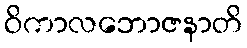
ဝိကာလဘောဇနာတိ